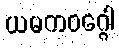
ယမကဝဂ္ဂေါ